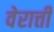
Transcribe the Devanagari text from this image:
वेरात्ती